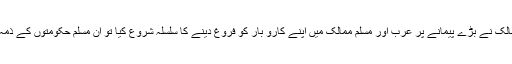
اسی دوران عرب اور دیگر اسلامی ممالک میں تیل کی دولت کی بہتات ہوئی اور مغربی ممالک نے بڑے پیمانے پر عرب اور مسلم ممالک میں اپنے کارو بار کو فروغ دینے کا سلسلہ شروع کیا تو ان مسلم حکومتوں کے ذمہ داروں نے ان سے پوچھا کہ آپ لوگ کس حیوان یعنی جانورکی چربی استعمال کرتے ہیں؟